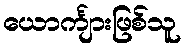
ယောင်္ကျားဖြစ်သူ